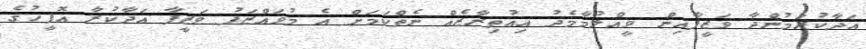
އަދާކުރަމުންދާ ވަޒީފާއިން ވީއްލުމާމެދު އިޢުތިރާޒެއް ނެތްކަމަށް އެ މުވައްޒަފު ވަޒީފާ އަދާކުރާ އޮފީހުގެ